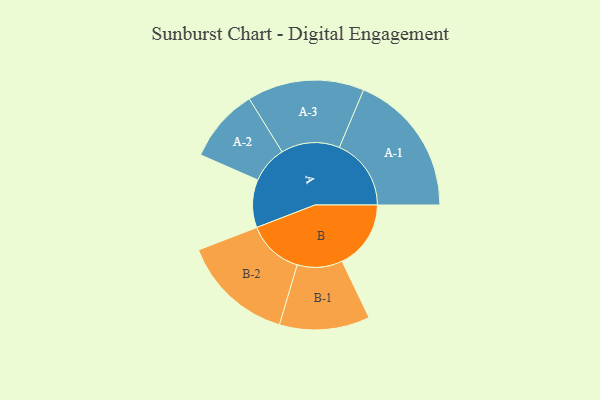
{"axis": {"x": "Segment", "y": "Value"}, "legend": ["", "A", "B"], "data": [{"x": "A", "y": 176, "type": ""}, {"x": "B", "y": 253, "type": ""}, {"x": "A-1", "y": 264, "type": "A"}, {"x": "A-2", "y": 136, "type": "A"}, {"x": "A-3", "y": 215, "type": "A"}, {"x": "B-1", "y": 166, "type": "B"}, {"x": "B-2", "y": 206, "type": "B"}]}